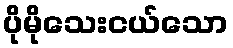
ပိုမိုသေးငယ်သော